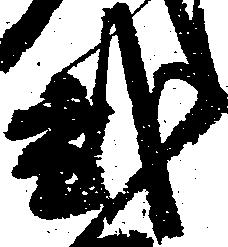
弐